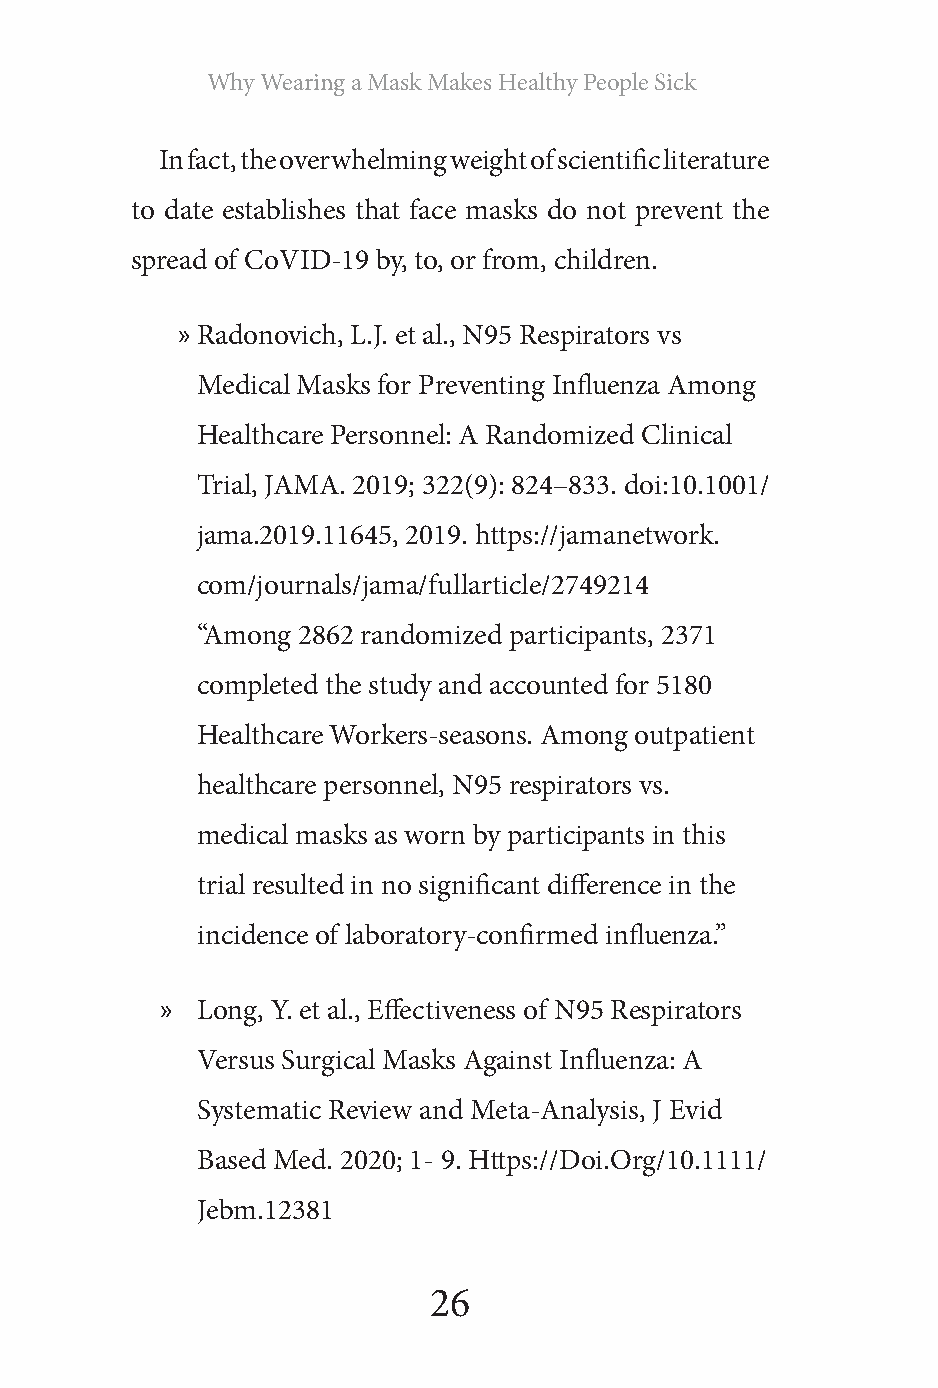
Why Wearing a Mask Makes Healthy People Sick
 In fact, the overwhelming weight of scientific literature
 to date establishes that face masks do not prevent the
 spread of CoVID-19 by, to, or from, children.
 » Radonovich, L.J. et al., N95 Respirators vs
 Medical Masks for Preventing Influenza Among
 Healthcare Personnel: A Randomized Clinical
 Trial, JAMA. 2019; 322(9): 824–833. doi:10.1001/
 jama.2019.11645, 2019. https://jamanetwork.
 com/journals/jama/fullarticle/2749214
 “Among 2862 randomized participants, 2371
 completed the study and accounted for 5180
 Healthcare Workers-seasons. Among outpatient
 healthcare personnel, N95 respirators vs.
 medical masks as worn by participants in this
 trial resulted in no significant difference in the
 incidence of laboratory-confirmed influenza.”
 » Long, Y. et al., Effectiveness of N95 Respirators
 Versus Surgical Masks Against Influenza: A
 Systematic Review and Meta‐Analysis, J Evid
 Based Med. 2020; 1‐ 9. Https://Doi.Org/10.1111/
 Jebm.12381
 26